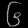
Digit: ၆